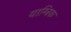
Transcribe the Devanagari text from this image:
याम्त्रिक